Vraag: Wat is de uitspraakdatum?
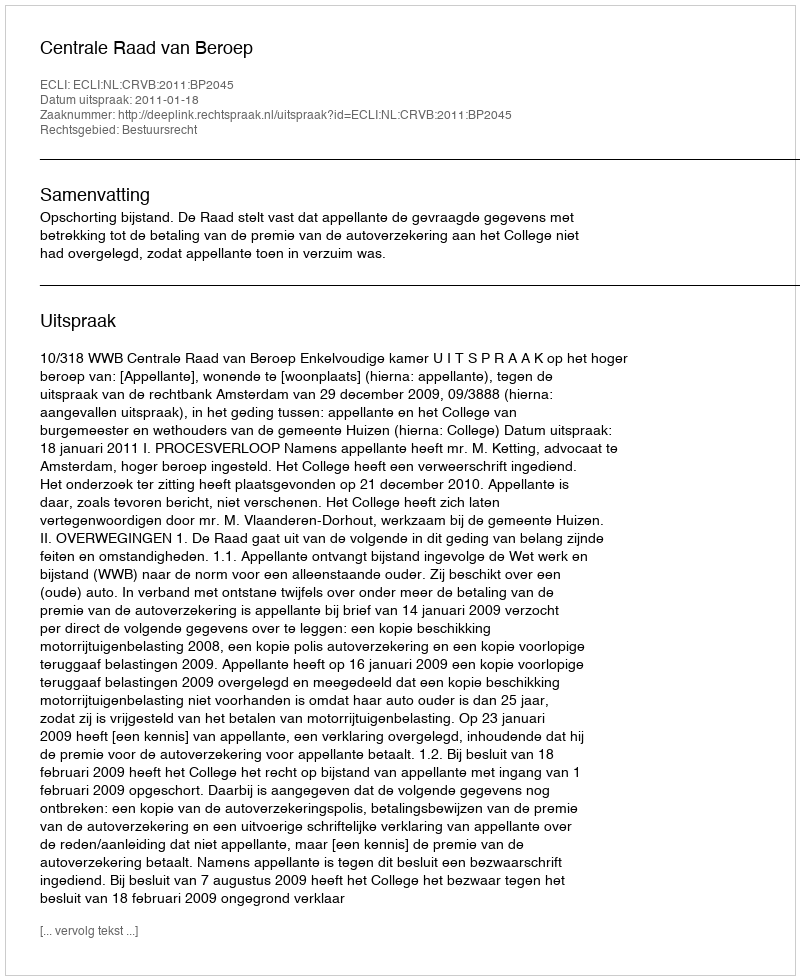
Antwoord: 2011-01-18